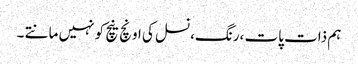
ہم ذات پات ،رنگ،نسل کی اونچ نیچ کو نہیں مانتے ۔